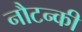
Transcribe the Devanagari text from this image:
नौटन्की